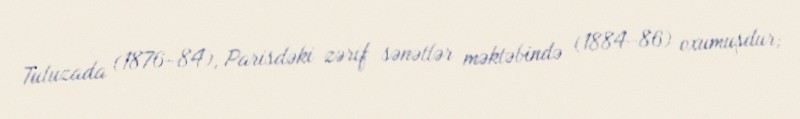
Tuluzada (1876–84), Parisdəki zərif sənətlər məktəbində (1884–86) oxumuşdur;